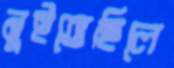
নুইতেছিলে